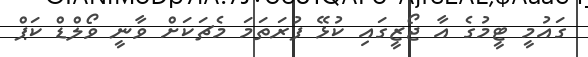
ގައުމީ ޓީމުގެ އާ ޖޯޒީގައި ކުޅޭ ފުރަތަމަ މެޗަކަށް ވާނީ ވޯލްޑް ކަޕް